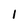
Character: 1